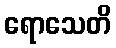
ရောသေတိ